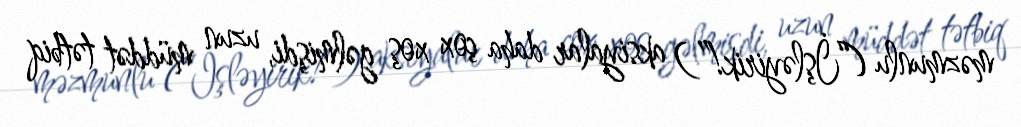
məzmunlu (“İşləyirik!”) aksiyalar daha çox xoş gəlmişdi, uzun müddət tətbiq